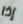
إذا